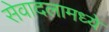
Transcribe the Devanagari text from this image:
सेवादलामध्ये